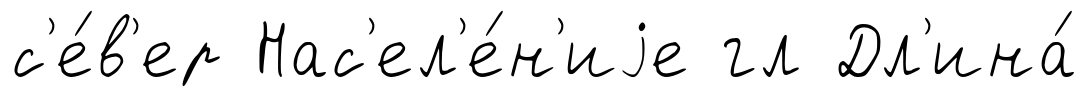
с'е́в'ер Нас'ел'е́н'иjе гл Дл'ина́